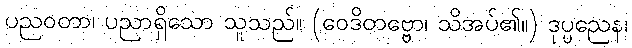
ပညဝတာ၊ ပညာရှိသော သူသည်။ (ဝေဒိတဗ္ဗော၊ သိအပ်၏။) ဒုပ္ပညေန၊